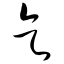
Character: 乞